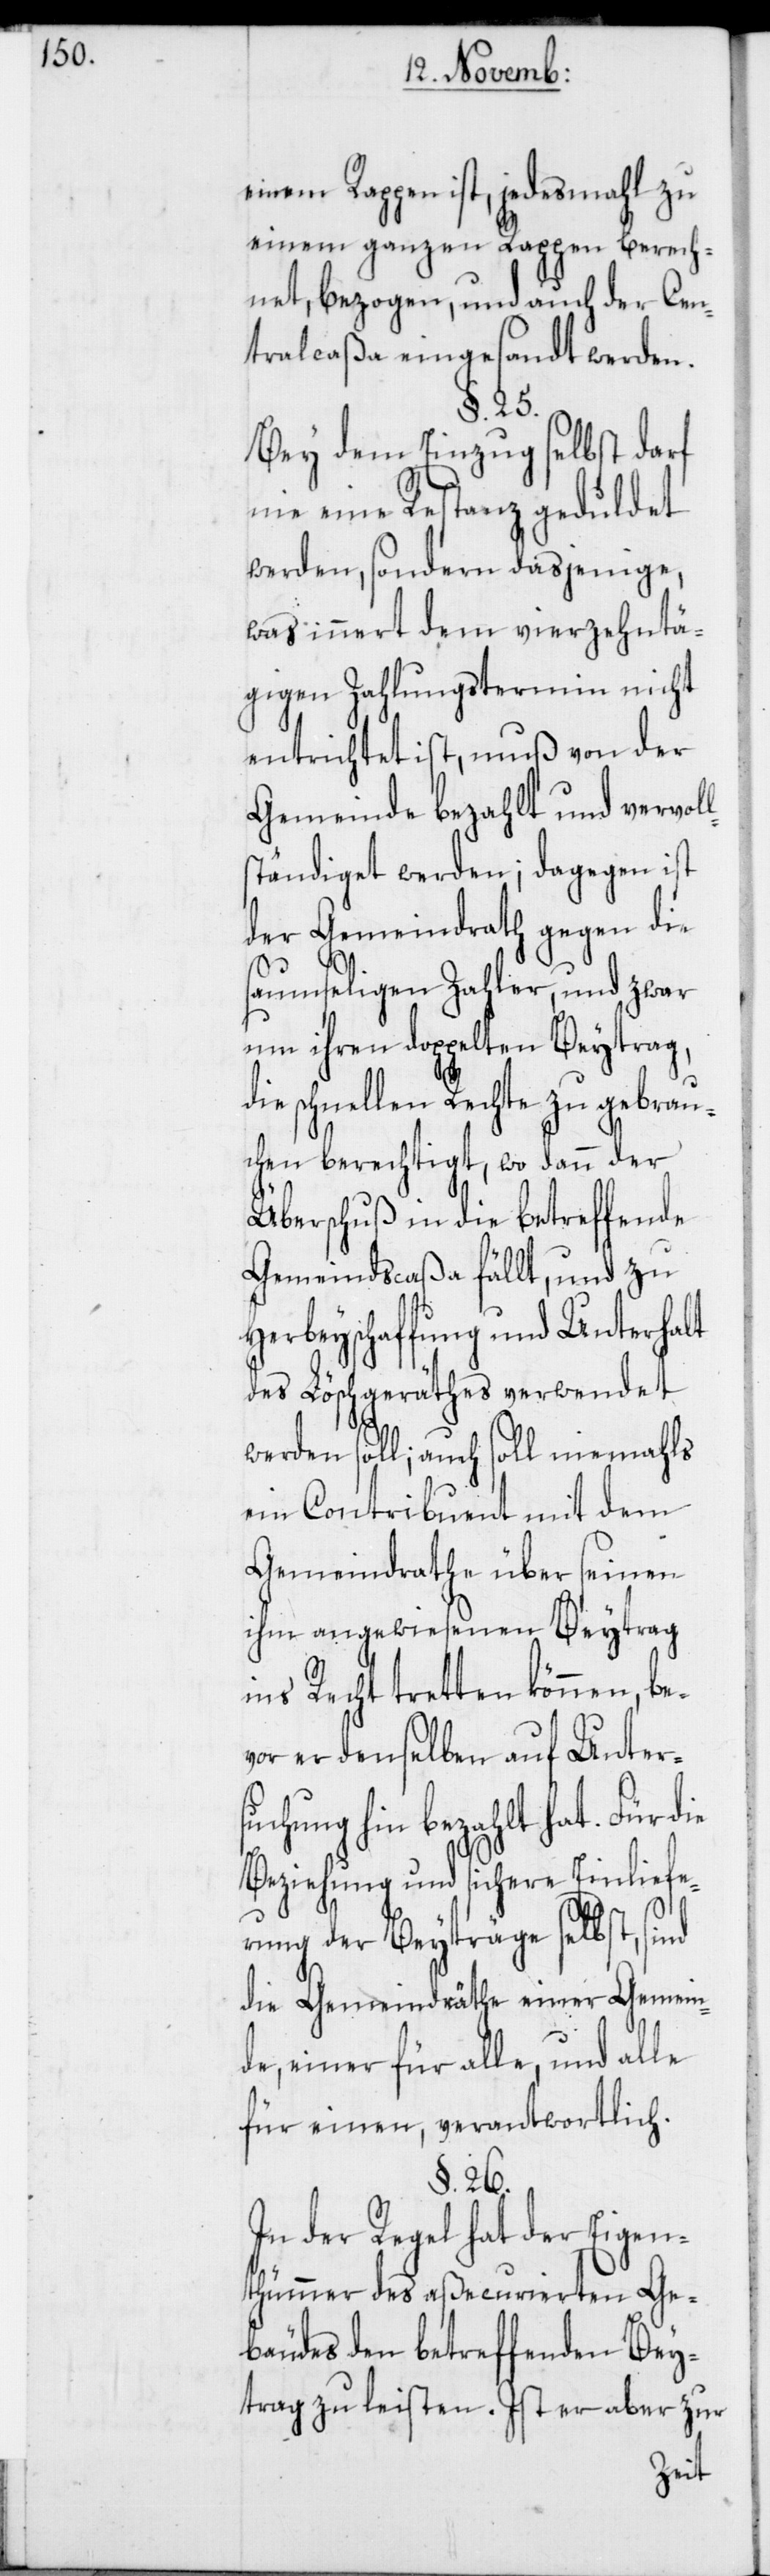
einem Rappen ist, jedesmahl zu
einem ganzen Rappen berech¬
net, bezogen, und auch der Cen¬
tralcaßa eingesandt werden.
§. 25.
Bey dem Einzug selbst darf
nie eine Restanz geduldet
werden, sondern dasjenige,
was innert dem vierzehntä¬
gigen Zahlungstermin nicht
entrichtet ist, muß von der
Gemeinde bezahlt und vervol¬
lständiget werden; dagegen ist
der Gemeindrath gegen die
saumseligen Zahler, und zwar
um ihren doppelten Beytrag,
schnellen Rechte zu gebrau¬
chen berechtigt, wo dann der
Überschuß in die betreffende
Gemeindscaßa fällt, und zu
Herbeyschaffung und Unterhalt
des Löschgeräthes verwendet
werden soll; auch soll niemahls
ein Contribuent mit dem
Gemeindrathe über seinen
ihm angewiesenen Beytrag
ins Recht tretten können, be¬
vor er denselben auf Unter¬
suchung hin bezahlt hat. Für die
Beziehung und sichere Einliefe¬
rung der Beyträge selbst, sind
die Gemeindräthe einer Gemein¬
de, einer für alle, und alle
für einen, verantwortlich.
§. 26.
In der Regel hat der Eigen¬
thümmer des aßecurierten Ge¬
bäudes den betreffenden Bey¬
trag zu leisten. Ist er aber zur